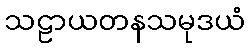
သဠာယတနသမုဒယံ